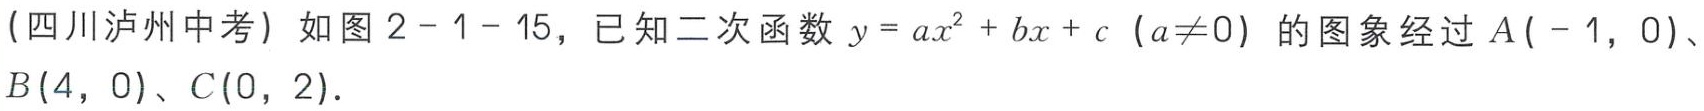
(四川泸州中考) 如图2 - 1 - 15，已知二次函数 \(y = ax^{2}+bx + c\) (\(a\neq0\)) 的图象经过 \(A(-1,0)\)、\(B(4,0)\)、\(C(0,2)\).